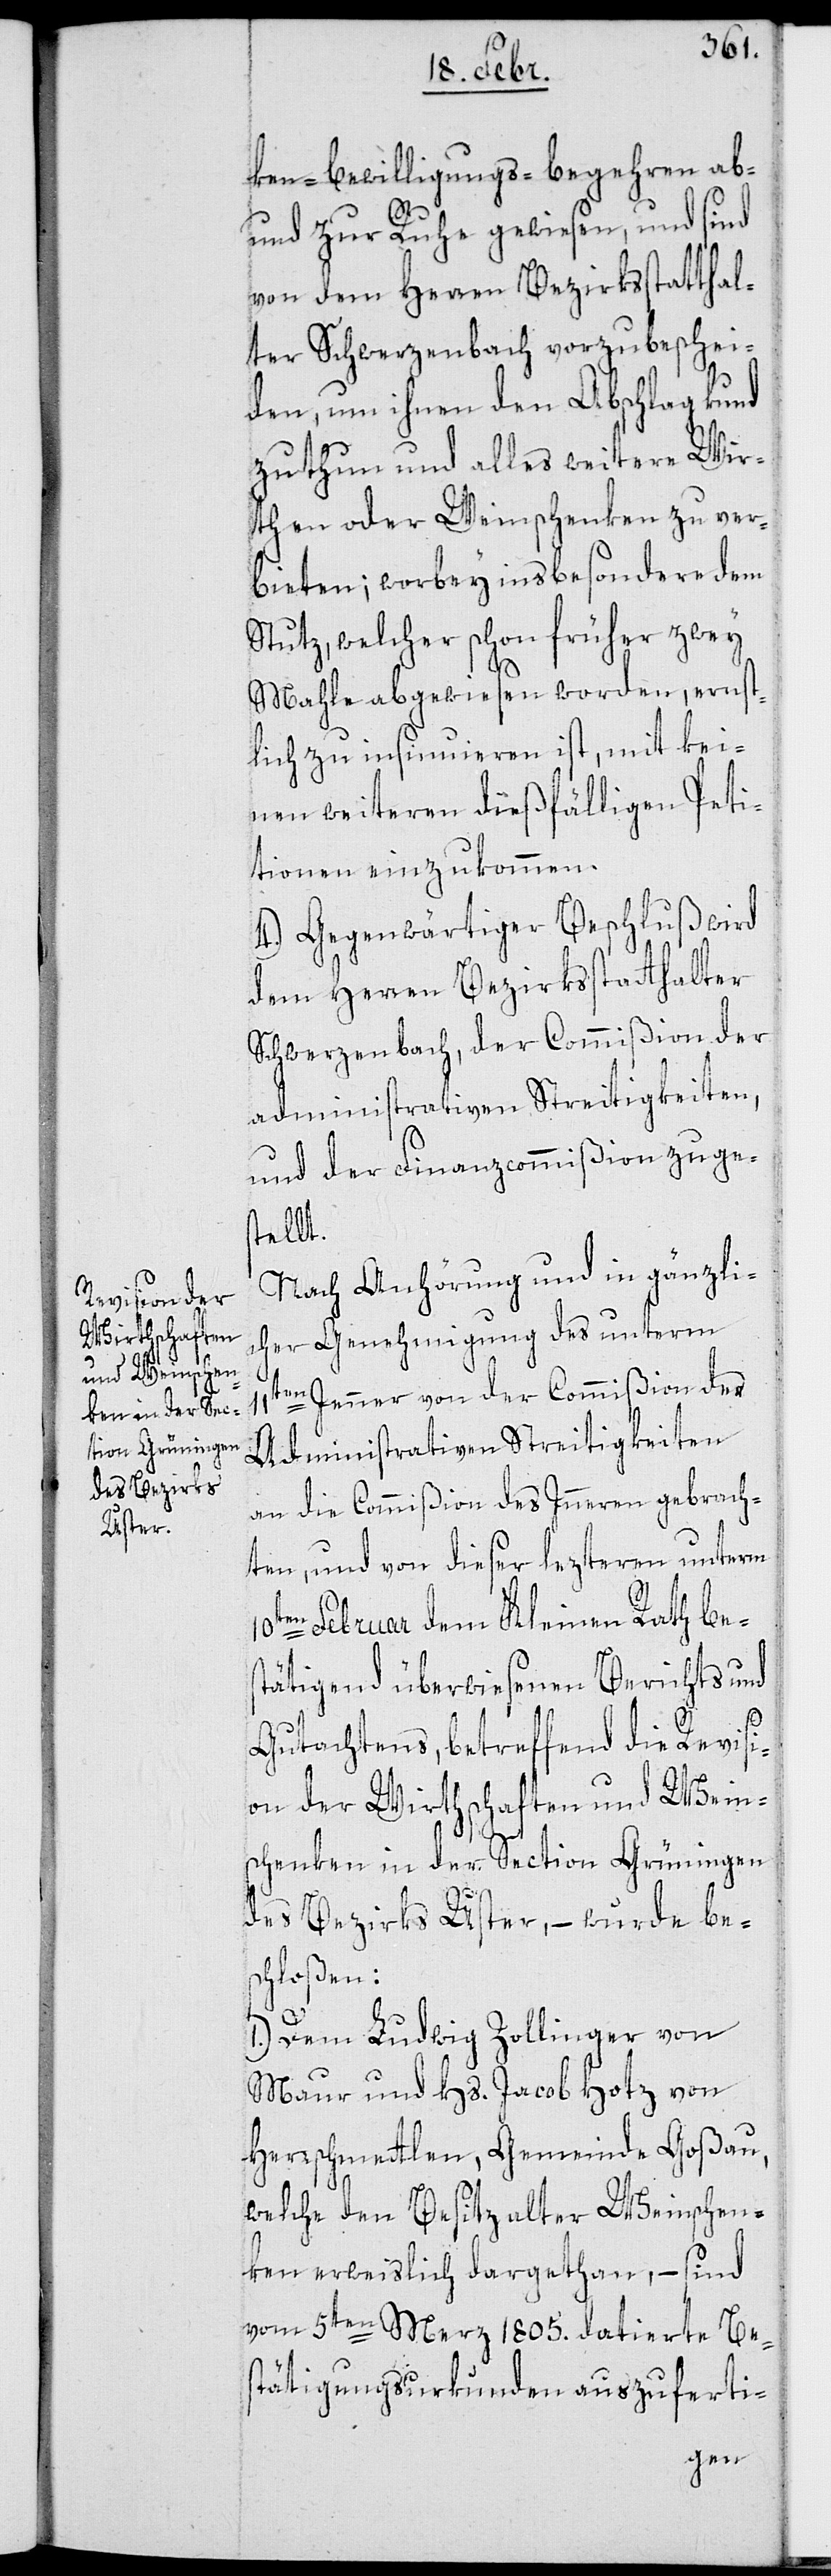
ken-Bewilligungs-Begehren ab-
und zur Ruhe gewiesen, und sind
von dem Herren Bezirksstatthal¬
ter Schwerzenbach vorzubeschei¬
den, um ihnen den Abschlag kund
zuthun und alles weitere Wir¬
then oder Weinschenken zu ver¬
bieten; worbey insbesondere dem
Stutz, welcher schon früher zwey
Mahle abgewiesen worden, ernst¬
lich zu insinuieren ist, mit kei¬
nen weiteren dießfälligen Peti¬
tionen einzukommen.
4.) Gegenwärtiger Beschluß wird
dem Herren Bezirksstatthalter
Schwerzenbach, der Commißion der
administrativen Streitigkeiten,
und der Finanzcommißion zuges¬
tellt.
Nach Anhörung und in gänzli¬
cher Genehmigung des unterm
10t¬
11ten Jenner von der Commißion der
Administrativen Streitigkeiten
an die Commißion des Inneren gebrach¬
ten, und von dieser lezteren unterm
en Februar dem Kleinen Rath bes¬
tätigend überwiesenen Berichts und
Gutachtens, betreffend die Revisi¬
on der Wirthschaften und Wein¬
schenken in der Section Grüningen
des Bezirks Uster, – wurde be¬
schloßen:
1.) Dem Ludwig Zollinger von
Maur und Hs. Jacob Hotz von
Herschmettlen, Gemeinde Goßau,
welche den Besitz alter Weinschen¬
ken erweislich dargethan, – sind
vom 5ten Merz 1805. datierte Be¬
stätigungsurkunden auszuferti-